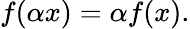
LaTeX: \textstyle f(\alpha x)=\alpha f(x).